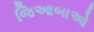
જિઆબાઓ